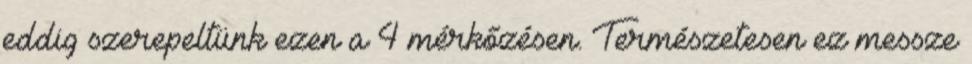
eddig szerepeltünk ezen a 4 mérkőzésen. Természetesen ez messze